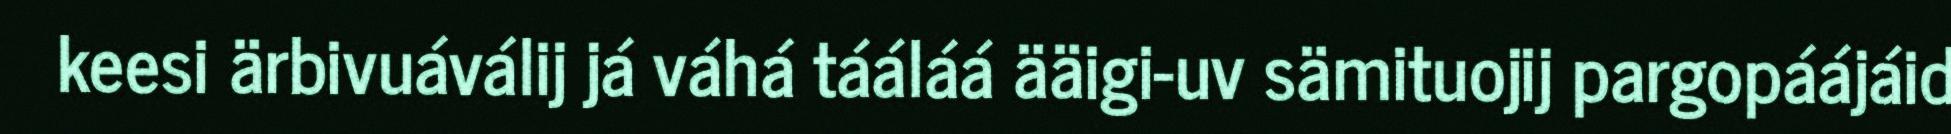
keesi ärbivuáválij já váhá tááláá ääigi-uv sämituojij pargopáájáid